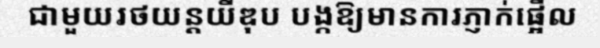
ជាមួយរថយន្តយីឌុប បង្កឱ្យមានការភ្ញាក់ផ្អើល